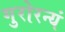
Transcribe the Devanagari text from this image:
गुरोरन्यं